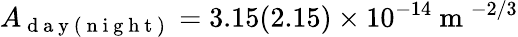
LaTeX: A_{\mathrm{~d~a~y~(~n~i~g~h~t~)~}}=3.15(2.15)\times 10^{-14}\mathrm{~m~}^{-2/3}